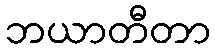
ဘယာတီတာ